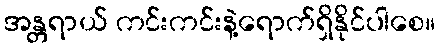
အန္တရာယ် ကင်းကင်းနဲ့ရောက်ရှိနိုင်ပါစေ။